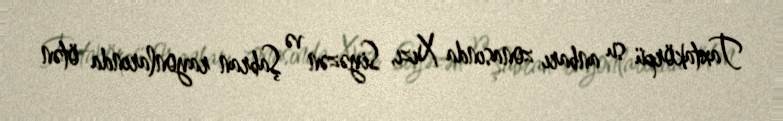
Taxtakörpü su anbarı zonasında Xızı, Siyəzən və Şabran rayonlarında ötən